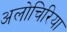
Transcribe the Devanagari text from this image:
अलोचिरिया